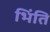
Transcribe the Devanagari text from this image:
भिंति